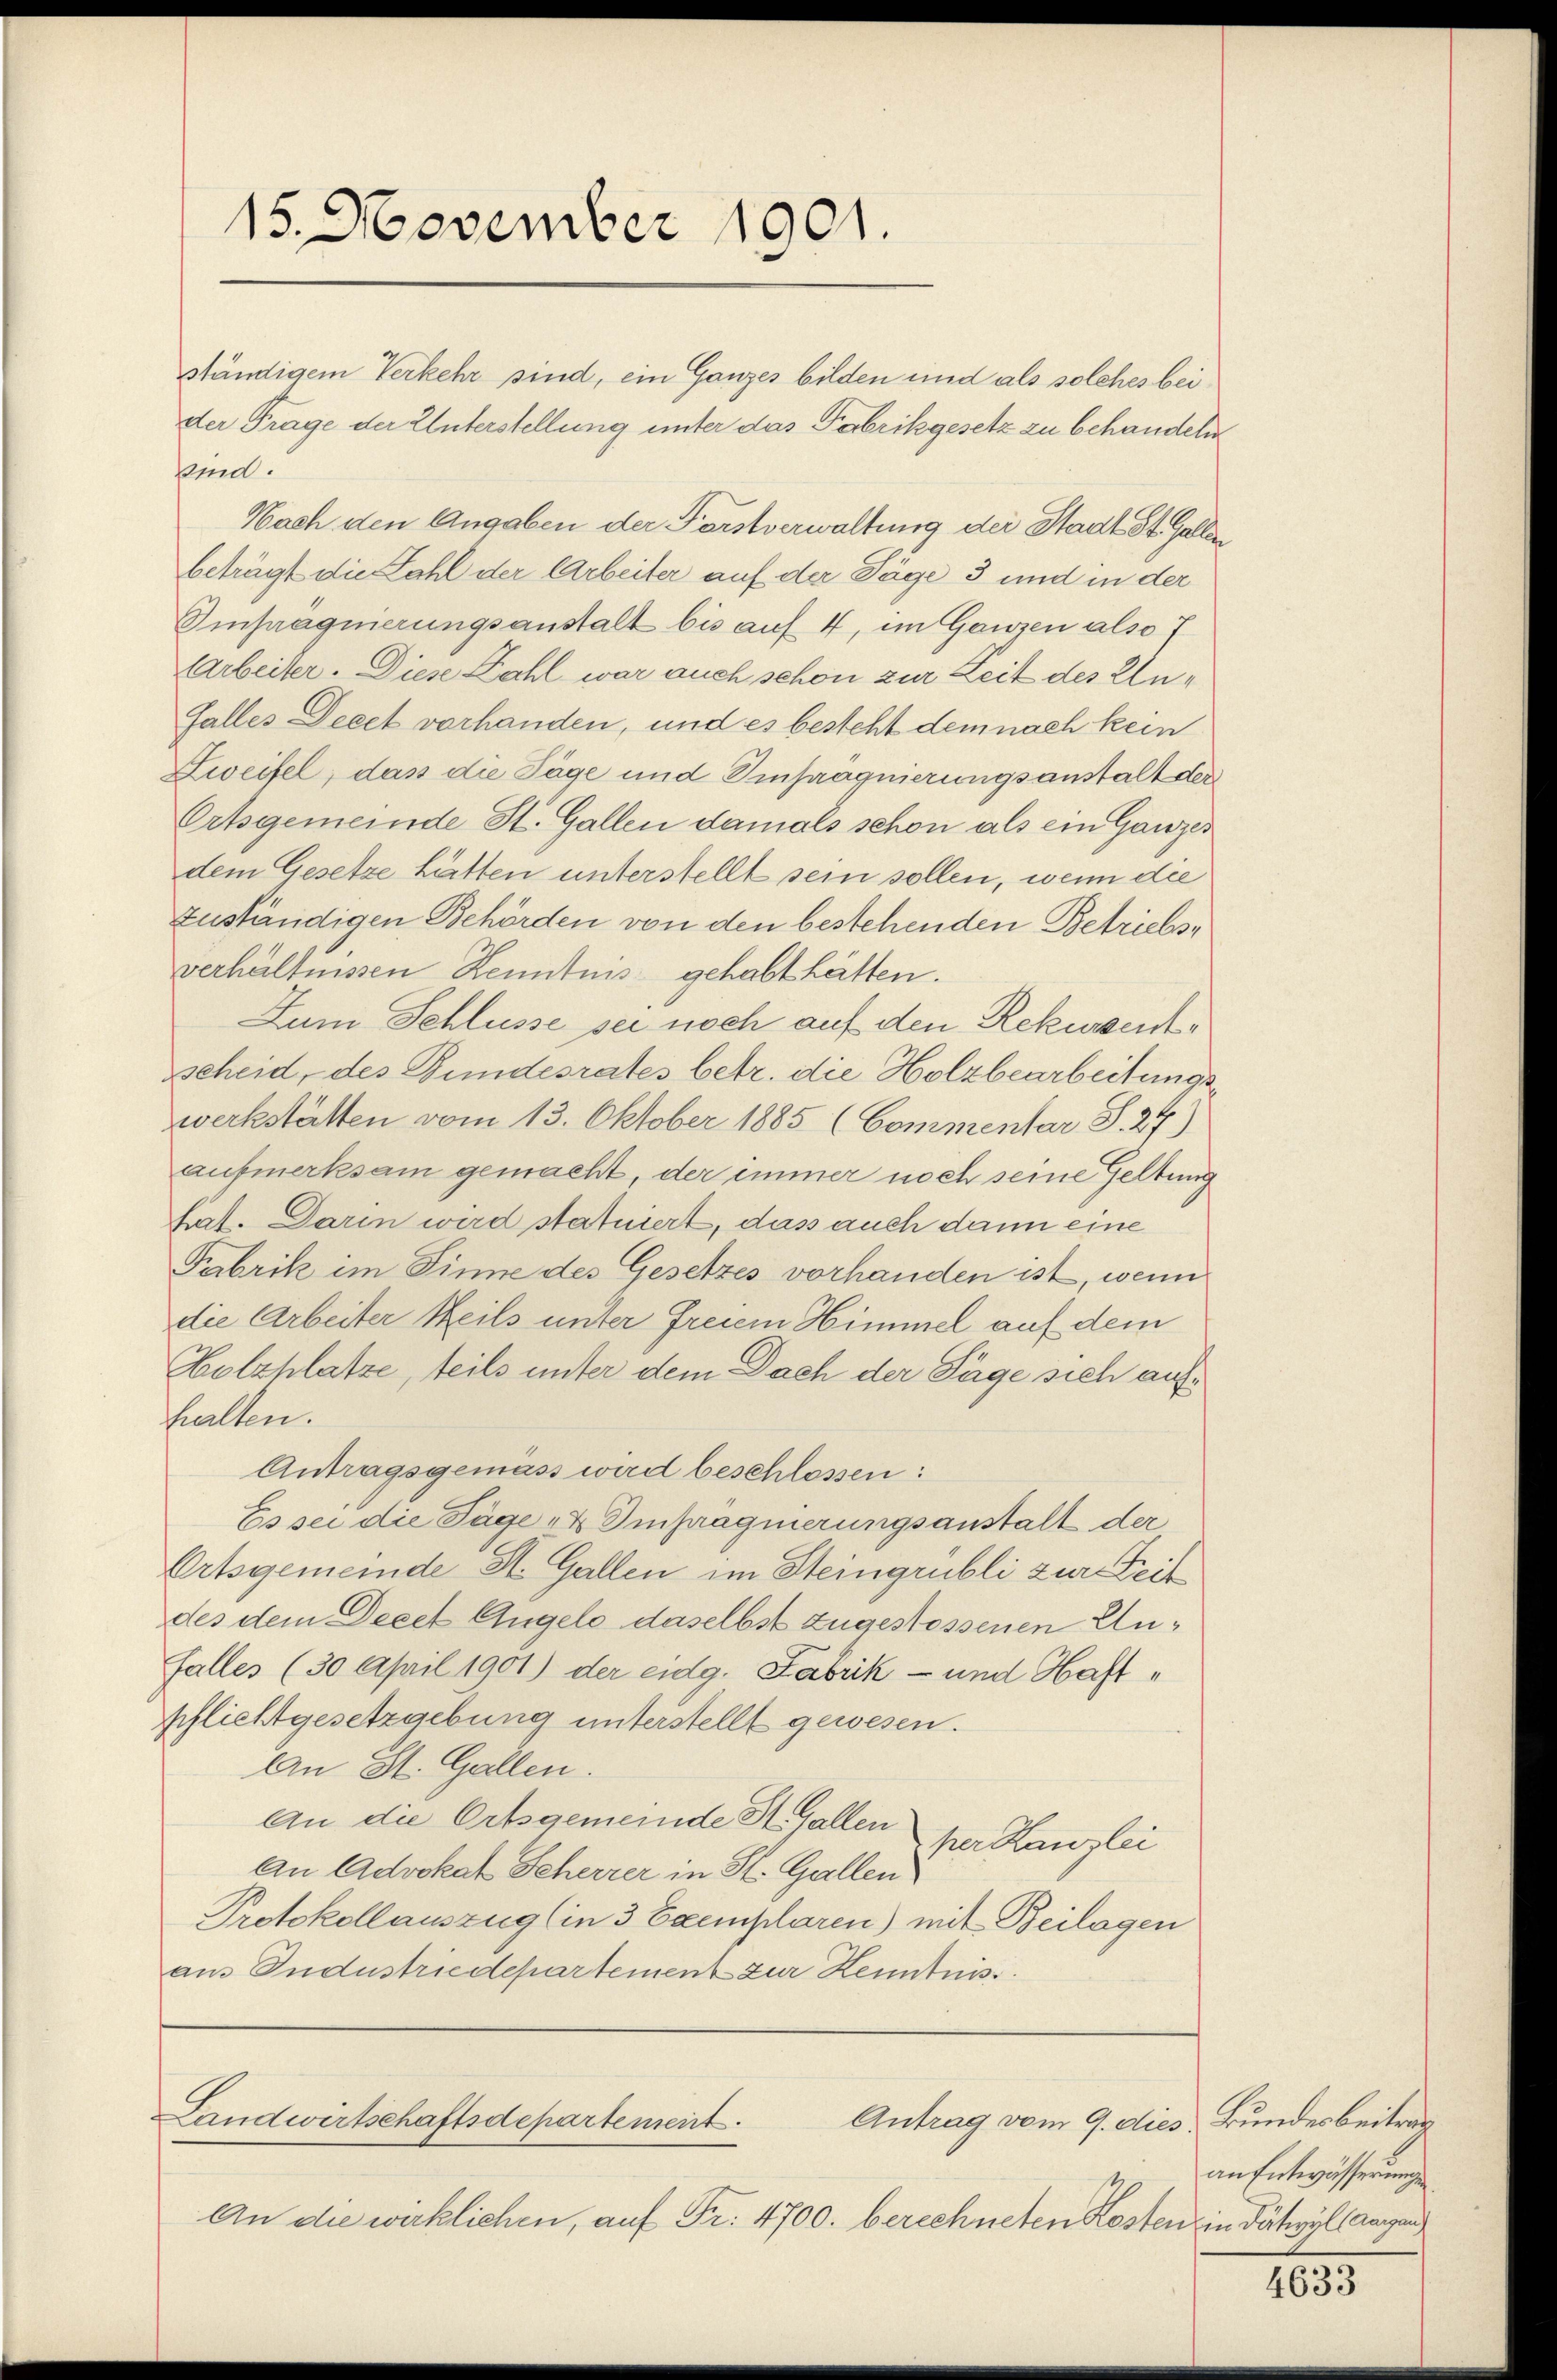
15. November 1901.

der Frage der Unterstellung unter das Fabrikgesetz zu behandeln
ped.
Nach den Angaben der Forstverwaltung der Stadt St. Gallen
beträgt die Zahl der Arbeiter auf der Säge 3 und in der
Empagnierungsanstalt bis auf 4, im Ganzen also 7
Arbeiter. Diese Zahl war auch schon zur Zeit des Un¬
Galles Decet vorhanden, und es besteht dem nach kein
Zweifel, das die Tage und Einpraquierungsanstalt der
Ortsgemeinde St. Gallen damals schon als ein Ganzes
dem Gesetze hätten unterstellt sein sollen, wenn die
zuständigen Behörden von den bestehenden Betriebsverhältnissen Kenntnis gehabt hätten.
Zum Schlüsse sei noch auf den Rekursentscheid, des Bundesrates betr. die Holzbearbeitungswerkstätten vom 13. Oktober 1885 (Commentar S. 27)
aufmerksam gemacht, der immer noch seine Geltung
tat. Darin wird statuiert, das auch dann eine
Fabrik im Sinne des Gesetzes vorhanden ist, wenn
die Arbeiter teils unter freiem Himmel auf dem
Holzhlatze, teils unter dem Dach der Tage sich aufhalten.
Antragsgemäss wird beschlossen:
Es sei die Säge „4 Impragnierungsanstalt der
Ortsgemeinde St. Gallen im Steingrubli zur Seit
des dem Decet Angelo daselbst zugestossenen Unfalles (30 April 1901) der eidg. Fabrik- und Haftpflichtgesetzgebung unterstellt gewesen.
An St. Gallen.
An die Ortsgemeinde Hallen
per Kanzlei
an Advokat Scherrer in St. Gallen
Protokollauszug (in 3 Exemplaren) mit Beilagen
am Industriedepartement zur Kenntnis

ständigem Verkehr sind, ein Ganzes bilden und als solches bei

Landwirtschaftsdepartement.
Antrag vom 9. dies Bundesbeitrag

An die wirklichen, auf Fr. 4700. berechneten Koste

an Entwässerung
een Dätivyl (Aargau

4633